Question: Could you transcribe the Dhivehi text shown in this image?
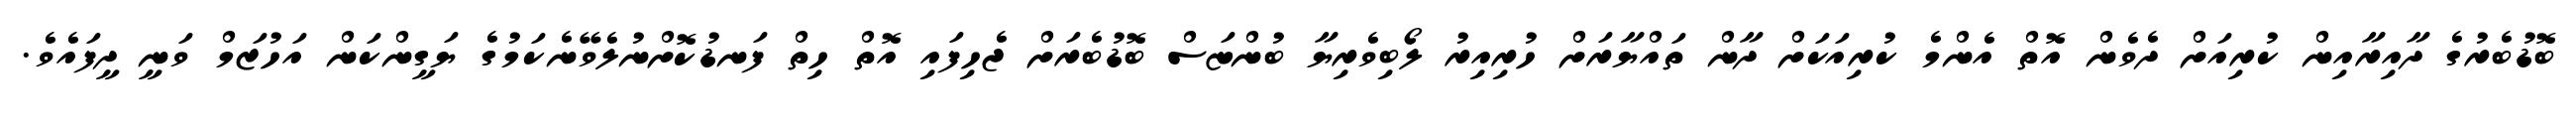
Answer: ބޮޑުބެރުގެ ދާއިރާއިން ކުރިއަށް ދެވެން އޮތް އެންމެ ކުރިއަކަށް ދާން ތައްޔާރަށް ހުރިއިރު ލޯބިވެރިޔާ ބުންޏަސް ބޮޑުބެރަށް ޖެހިފައި އޮތް ހިތް ފަނޑުކޮށްނުލެވޭނެކަމުގެ ޔަގީންކަން އަހުޒަމް ވަނީ ދީފައެވެ.